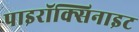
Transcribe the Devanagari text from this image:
पाइरॉक्सिनाइट